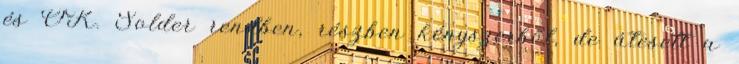
és OK. Solder rendben, részben kényszerből, de átesett a